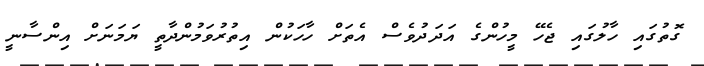
ގޮތުގައި ހާލުގައި ޖެހޭ މީހުންގެ އަދަދުވެސް އެތަށް ހާހަކުން އިތުރުވަމުންދާތީ ޔަމަނަށް އިންސާނީ